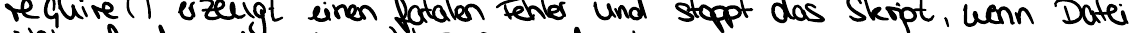
require() erzeugt einen fatalen Fehler und stoppt das Skript, wenn Datei